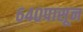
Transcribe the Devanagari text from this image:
६४०पासून